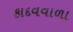
કાદવવાળા